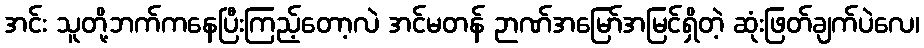
အင်း သူတို့ဘက်ကနေပြီးကြည့်တော့လဲ အင်မတန် ဉာဏ်အမြော်အမြင်ရှိတဲ့ ဆုံးဖြတ်ချက်ပဲလေ၊